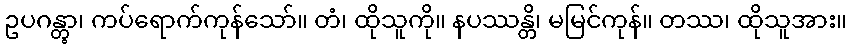
ဥပဂန္တွာ၊ ကပ်ရောက်ကုန်သော်။ တံ၊ ထိုသူကို။ နပဿန္တိ၊ မမြင်ကုန်။ တဿ၊ ထိုသူအား။